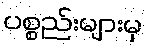
ပစ္စည်းများမှ